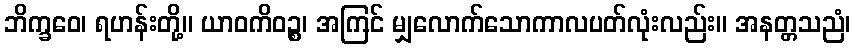
ဘိက္ခဝေ၊ ရဟန်းတို့။ ယာဝကိဝဉ္စ၊ အကြင် မျှလောက်သောကာလပတ်လုံးလည်း။ အနတ္တသညံ၊